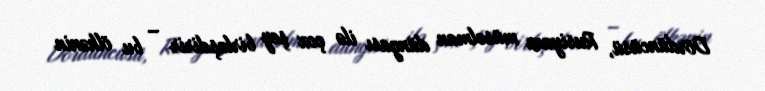
Dördüncüsü, Rusiyanı müsəlman dünyası ilə çox şey birləşdirir – bu ölkənin